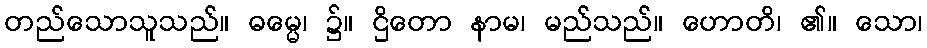
တည်သောသူသည်။ ဓမ္မေ၊ ၌။ ဌိတော နာမ၊ မည်သည်။ ဟောတိ၊ ၏။ သော၊